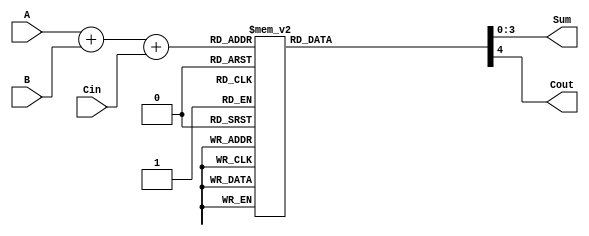
module BCD_LUT_Adder (
    input  wire [3:0] A,      // First BCD digit
    input  wire [3:0] B,      // Second BCD digit
    input  wire       Cin,     // Carry-in
    output reg  [3:0] Sum,     // BCD Sum output
    output reg       Cout      // Carry-out
);

    // Intermediate sum
    wire [4:0] S; // 5-bit to accommodate carry
    assign S = A + B + Cin;

    // LUT for BCD correction
    always @(*) begin
        case (S)
            5'd0:   {Cout, Sum} = 5'b00000; // 0
            5'd1:   {Cout, Sum} = 5'b00001; // 1
            5'd2:   {Cout, Sum} = 5'b00010; // 2
            5'd3:   {Cout, Sum} = 5'b00011; // 3
            5'd4:   {Cout, Sum} = 5'b00100; // 4
            5'd5:   {Cout, Sum} = 5'b00101; // 5
            5'd6:   {Cout, Sum} = 5'b00110; // 6
            5'd7:   {Cout, Sum} = 5'b00111; // 7
            5'd8:   {Cout, Sum} = 5'b01000; // 8
            5'd9:   {Cout, Sum} = 5'b01001; // 9
            5'd10:  {Cout, Sum} = 5'b10000; // 10 -> 0, Cout=1
            5'd11:  {Cout, Sum} = 5'b10001; // 11 -> 1, Cout=1
            5'd12:  {Cout, Sum} = 5'b10010; // 12 -> 2, Cout=1
            5'd13:  {Cout, Sum} = 5'b10011; // 13 -> 3, Cout=1
            5'd14:  {Cout, Sum} = 5'b10100; // 14 -> 4, Cout=1
            5'd15:  {Cout, Sum} = 5'b10101; // 15 -> 5, Cout=1
            5'd16:  {Cout, Sum} = 5'b10110; // 16 -> 6, Cout=1
            5'd17:  {Cout, Sum} = 5'b10111; // 17 -> 7, Cout=1
            5'd18:  {Cout, Sum} = 5'b11000; // 18 -> 8, Cout=1
            5'd19:  {Cout, Sum} = 5'b11001; // 19 -> 9, Cout=1
            default: {Cout, Sum} = 5'b00000; // Default case (should not occur)
        endcase
    end

endmodule